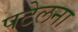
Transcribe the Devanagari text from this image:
पटेलना